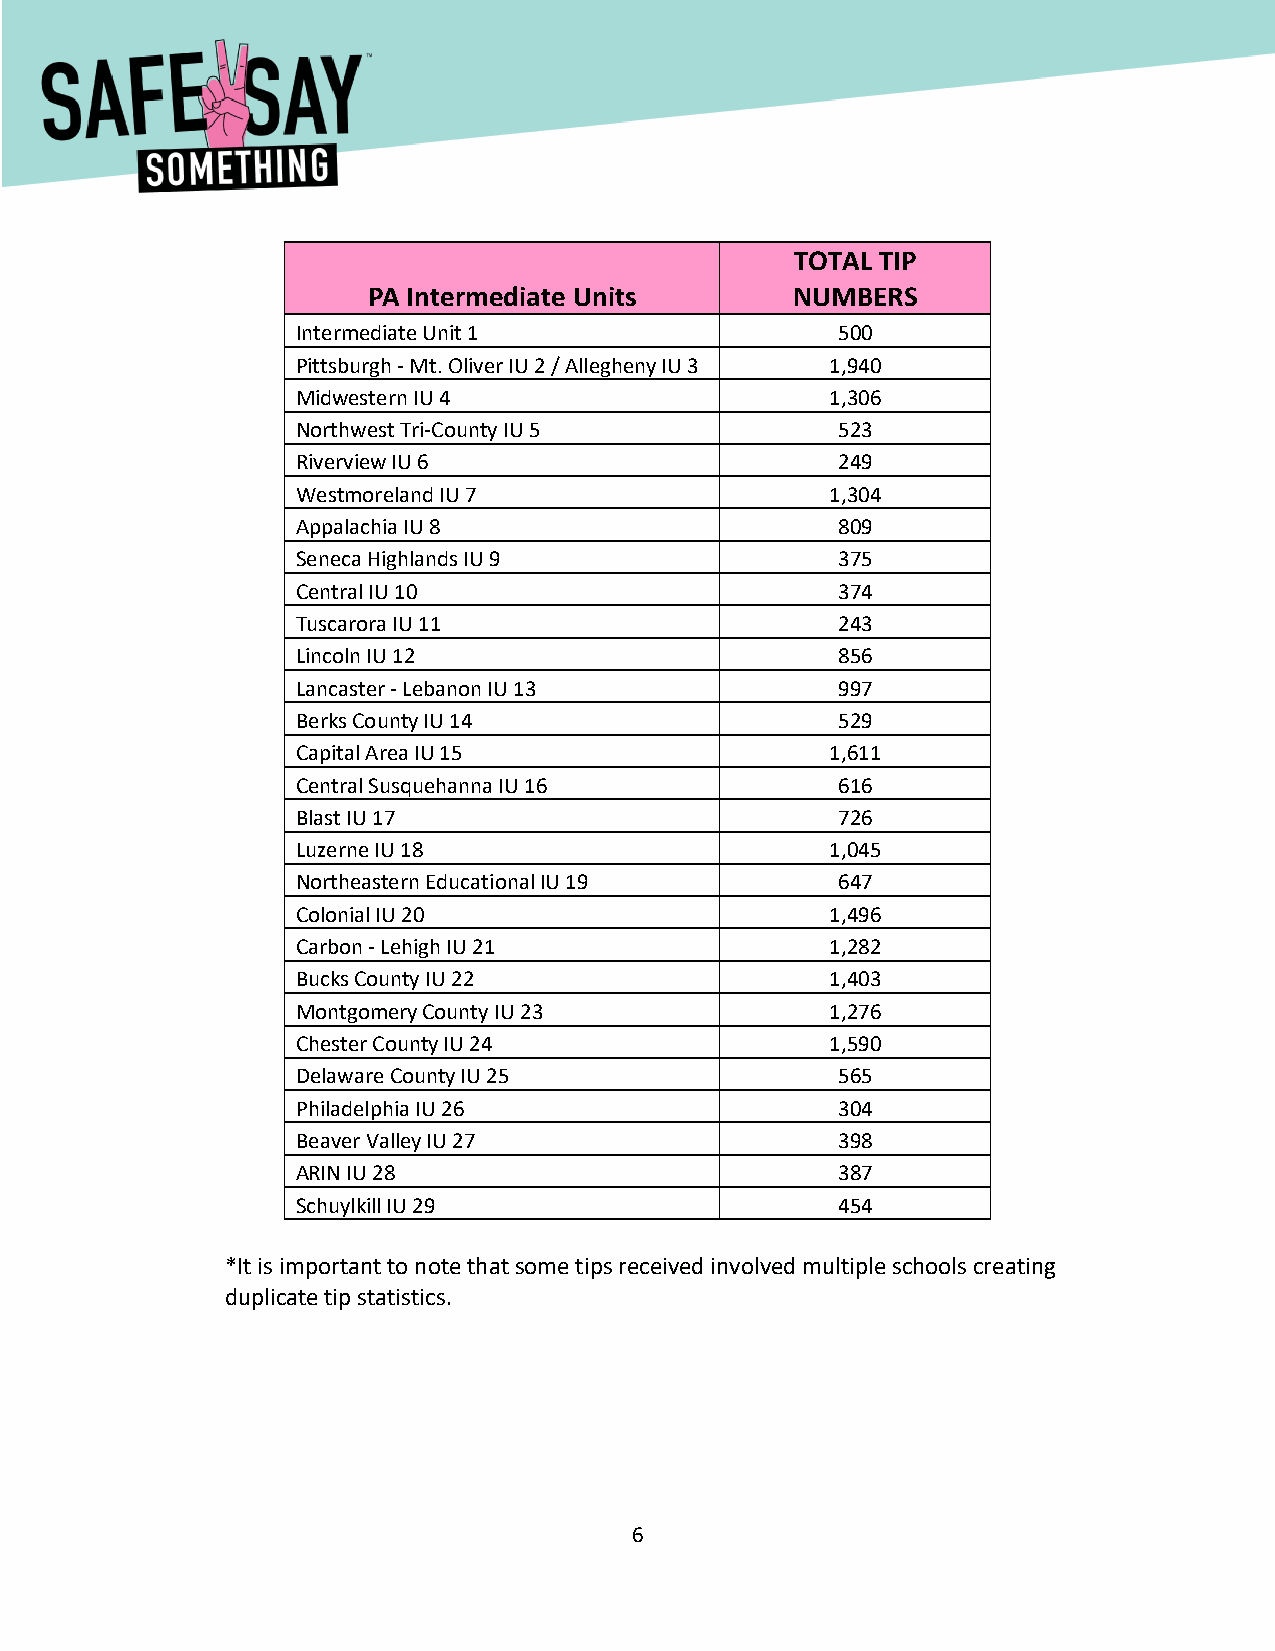
[Type here]
 TOTAL TIP
 PA Intermediate Units       NUMBERS
 Intermediate Unit 1                500
 Pittsburgh - Mt. Oliver IU 2 / Allegheny IU 3 1,940
 Midwestern IU 4                    1,306
 Northwest Tri-County IU 5          523
 Riverview IU 6                     249
 Westmoreland IU 7                  1,304
 Appalachia IU 8                    809
 Seneca Highlands IU 9              375
 Central IU 10                      374
 Tuscarora IU 11                    243
 Lincoln IU 12                      856
 Lancaster - Lebanon IU 13          997
 Berks County IU 14                 529
 Capital Area IU 15                 1,611
 Central Susquehanna IU 16          616
 Blast IU 17                        726
 Luzerne IU 18                      1,045
 Northeastern Educational IU 19     647
 Colonial IU 20                     1,496
 Carbon - Lehigh IU 21              1,282
 Bucks County IU 22                 1,403
 Montgomery County IU 23            1,276
 Chester County IU 24               1,590
 Delaware County IU 25              565
 Philadelphia IU 26                 304
 Beaver Valley IU 27                398
 ARIN IU 28                         387
 Schuylkill IU 29                   454
 *It is important to note that some tips received involved multiple schools creating
 duplicate tip statistics.
 6